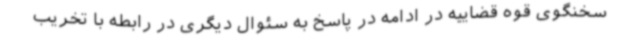
سخنگوی قوه قضاییه در ادامه در پاسخ به سئوال دیگری در رابطه با تخریب